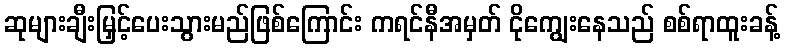
ဆုများချီးမြှင့်ပေးသွားမည်ဖြစ်ကြောင်း ကရင်နီအမှတ် ငိုကျွေးနေသည် စစ်ရာထူးခန့်